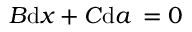
B { \mathrm { d } } x + C { \mathrm { d } } a \, = 0